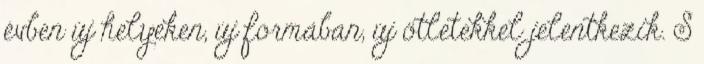
évben új helyeken, új formában, új ötletekkel jelentkezik. S